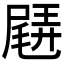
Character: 𡳊